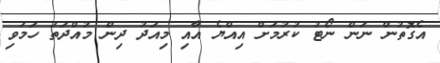
އެގޮތުން ނަން ނޯޓު ކުރުމަށް އިއްޔެ އާއި މިއަދު ދިން މުއްދަތު ހަމަވި